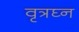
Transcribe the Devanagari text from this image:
वृत्रघ्न